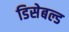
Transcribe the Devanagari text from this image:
डिसेबल्ड